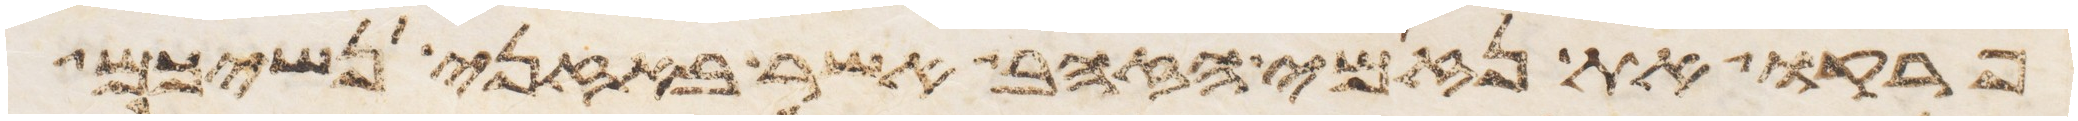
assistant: פרקו את נזמי הזהב אשר באזני נשיכם